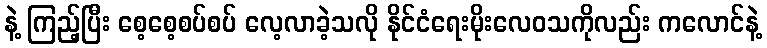
နဲ့ ကြည့်ပြီး စေ့စေ့စပ်စပ် လေ့လာခဲ့သလို နိုင်ငံရေးမိုးလေဝသကိုလည်း ကလောင်နဲ့